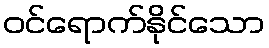
ဝင်ရောက်နိုင်သော